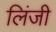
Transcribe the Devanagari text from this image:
लिंजी